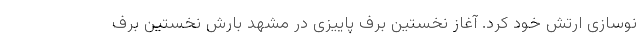
نوسازی ارتش خود کرد. آغاز نخستین برف پاییزی در مشهد بارش نخستین برف